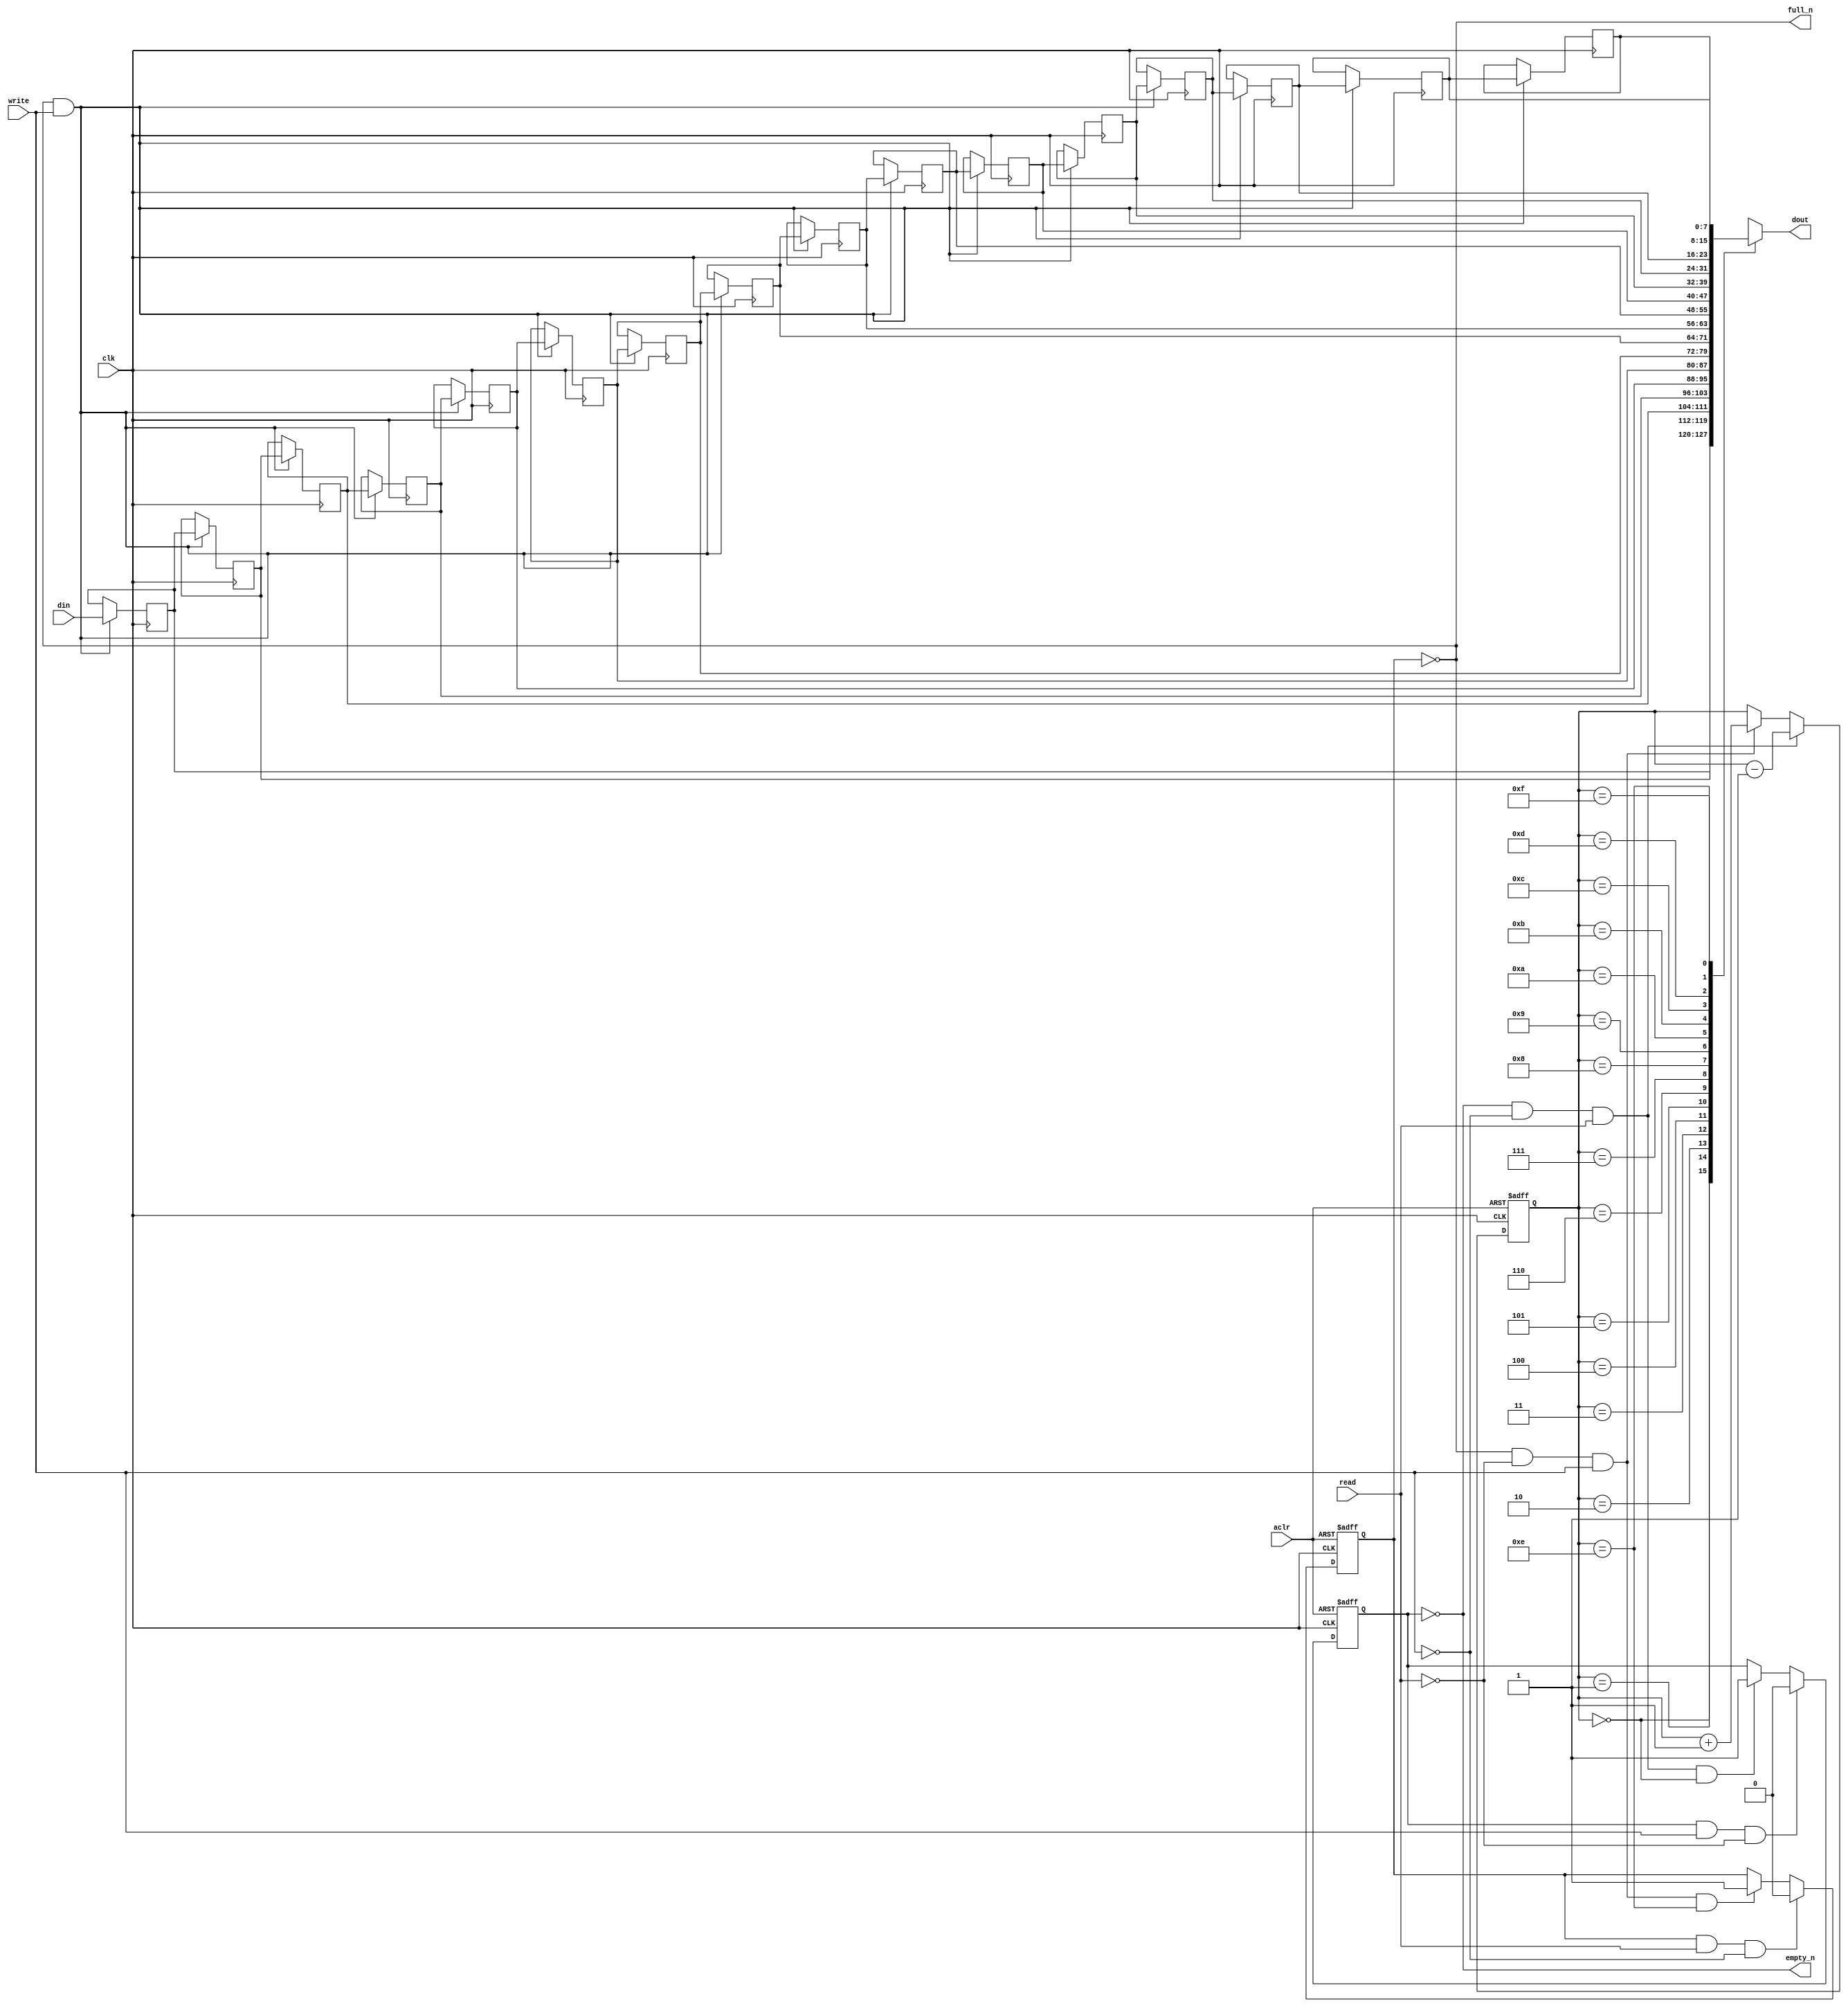
module pixelq_op_INPUT_STREAM_fifo
#(parameter
    DATA_BITS  = 8,
    DEPTH_BITS = 4
)(
    input  wire                 clk,
    input  wire                 aclr,
    output wire                 empty_n,
    output wire                 full_n,
    input  wire                 read,
    input  wire                 write,
    output wire [DATA_BITS-1:0] dout,
    input  wire [DATA_BITS-1:0] din
);
localparam
    DEPTH = 1 << DEPTH_BITS;
reg                   empty;
reg                   full;
reg  [DEPTH_BITS-1:0] index;
reg  [DATA_BITS-1:0]  mem[0:DEPTH-1];
assign empty_n = ~empty;
assign full_n  = ~full;
assign dout    = mem[index];
always @(posedge clk or posedge aclr) begin
    if (aclr)
        empty <= 1'b1;
    else if (empty & write & ~read)
        empty <= 1'b0;
    else if (~empty & ~write & read & (index==1'b0))
        empty <= 1'b1;
end
always @(posedge clk or posedge aclr) begin
    if (aclr)
        full <= 1'b0;
    else if (full & read & ~write)
        full <= 1'b0;
    else if (~full & ~read & write & (index==DEPTH-2'd2))
        full <= 1'b1;
end
always @(posedge clk or posedge aclr) begin
    if (aclr)
        index <= {DEPTH_BITS{1'b1}};
    else if (~empty & ~write & read)
        index <= index - 1'b1;
    else if (~full & ~read & write)
        index <= index + 1'b1;
end
always @(posedge clk) begin
    if (~full & write) mem[0] <= din;
end
genvar i;
generate
    for (i = 1; i < DEPTH; i = i + 1) begin : gen_sr
        always @(posedge clk) begin
            if (~full & write) mem[i] <= mem[i-1];
        end
    end
endgenerate
endmodule